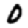
Digit: 0